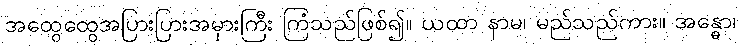
အထွေထွေအပြားပြားအမှားကြီး ကြံသည်ဖြစ်၍။ ယထာ နာမ၊ မည်သည်ကား။ အန္ဓော၊